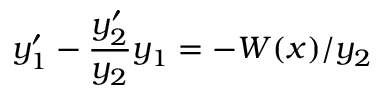
y _ { 1 } ^ { \prime } - { \frac { y _ { 2 } ^ { \prime } } { y _ { 2 } } } y _ { 1 } = - W ( x ) / y _ { 2 }